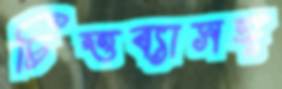
চিত্তব্যাসঙ্গ